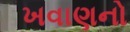
ખવાણનો